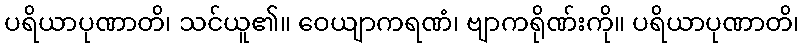
ပရိယာပုဏာတိ၊ သင်ယူ၏။ ဝေယျာကရဏံ၊ ဗျာကရိုဏ်းကို။ ပရိယာပုဏာတိ၊